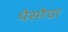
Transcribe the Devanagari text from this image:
पेसोचा